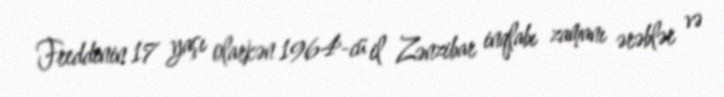
Freddinin 17 yaşı olarkən 1964-cü il Zənzibar inqlabı zamanı ərəblər və